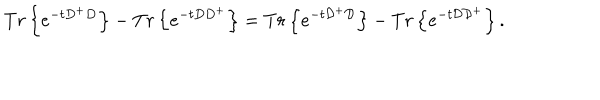
T r \left\{ e ^ { - t D ^ { + } D } \right\} - T r \left\{ e ^ { - t D D ^ { + } } \right\} = T r \left\{ e ^ { - t { \cal D ^ { + } D } } \right\} - T r \left\{ e ^ { - t { \cal D D } ^ { + } } \right\} .